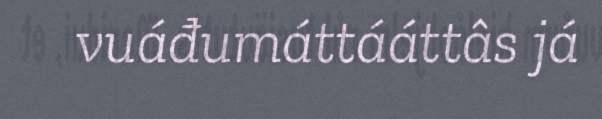
vuáđumáttááttâs já